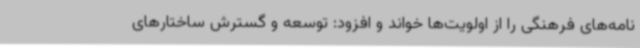
نامه‌های فرهنگی را از اولویت‌ها خواند و افزود: توسعه و گسترش ساختارهای